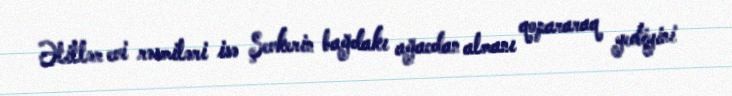
Əlillər evi rəsmiləri isə Şevkerin bağdakı ağacdan almanı qopararaq yediyini